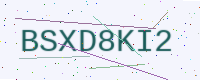
Text: BSXD8KI2